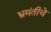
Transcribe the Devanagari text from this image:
भ्रमंतीचे